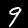
Digit: 9